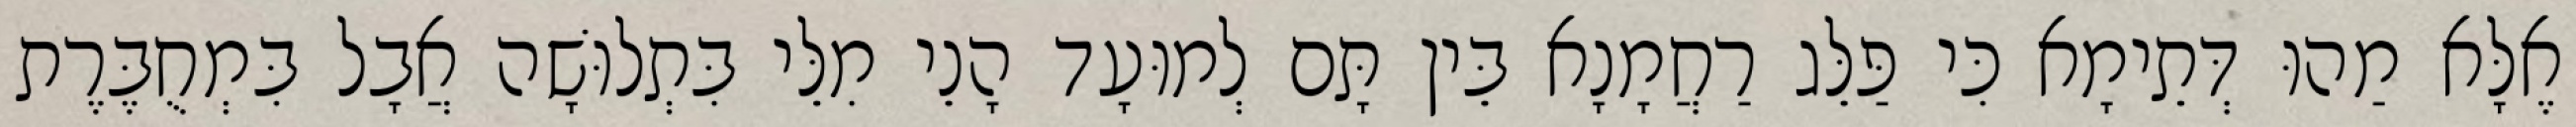
אֶלָּא מַהוּ דְּתֵימָא כִּי פַּלֵּג רַחֲמָנָא בֵּין תָּם לְמוּעָד הָנֵי מִלֵּי בִּתְלוּשָׁה אֲבָל בִּמְחֻבֶּרֶת